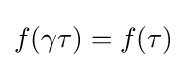
f(\gamma \tau )=f(\tau )